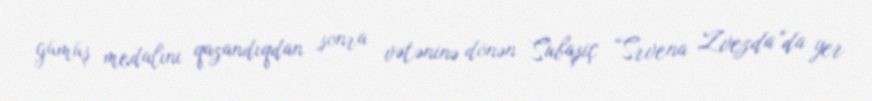
gümüş medalını qazandıqdan sonra vətəninə dönən Subaşiç “Srvena Zvezda”da yer